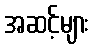
အဆင့်များ